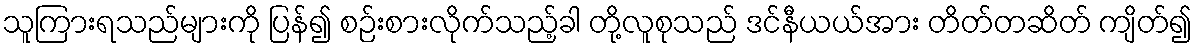
သူကြားရသည်များကို ပြန်၍ စဉ်းစားလိုက်သည့်ခါ တို့လူစုသည် ဒင်နီယယ်အား တိတ်တဆိတ် ကျိတ်၍